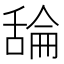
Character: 𦧣